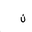
Letter: _non